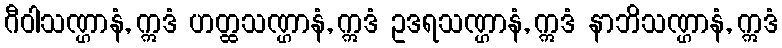
ဂီဝါသဏ္ဌာနံ, ဣဒံ ဟတ္ထသဏ္ဌာနံ, ဣဒံ ဥဒရသဏ္ဌာနံ, ဣဒံ နာဘိသဏ္ဌာနံ, ဣဒံ